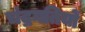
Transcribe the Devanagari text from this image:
चंद्रगतियों